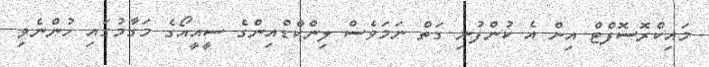
މައިކްރޮސޮފްޓް އިން އެ ކުންފުނި ގަތް ނަމަވެސް ލިންކްޑްއިންގެ ސީއީއޯގެ މަގާމުގައި ހުންނެވި